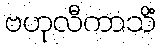
ဗဟုလီကာသိံ